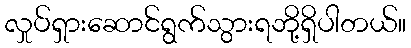
လှုပ်ရှားဆောင်ရွက်သွားရဘို့ရှိပါတယ်။